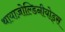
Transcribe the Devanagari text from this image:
थायाज़ोल्डिनीयोड्स